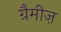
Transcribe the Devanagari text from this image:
ग्रैमीज़